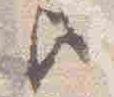
歟